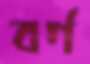
বর্গ